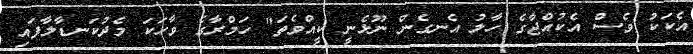
އެކަކު ވެސް އެކުއްޖާގެ ހާލު އެނގެން ނޫޅެނީ ކީއްވެތަ" ހަމްރާގެ ވާހަކަ މެދުކަނޑާލާފައި